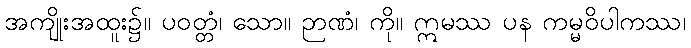
အကျိုးအထူး၌။ ပဝတ္တံ၊ သော။ ဉာဏံ၊ ကို။ ဣမဿ ပန ကမ္မဝိပါကဿ၊